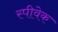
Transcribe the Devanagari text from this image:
स्पीवेक